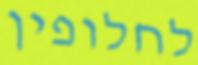
לחלופין